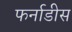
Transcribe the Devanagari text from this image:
फर्नाडीस